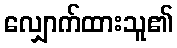
လျှောက်ထားသူ၏